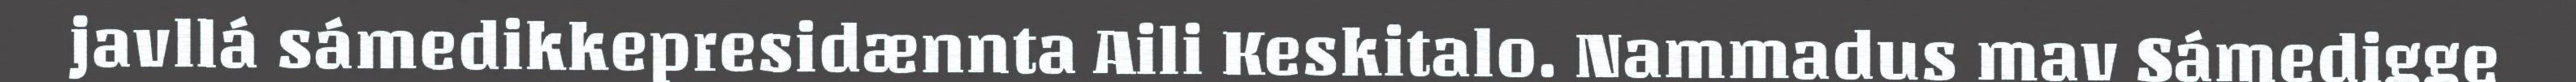
javllá sámedikkepresidænnta Aili Keskitalo. Nammadus mav Sámedigge